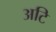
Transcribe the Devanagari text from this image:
अटि